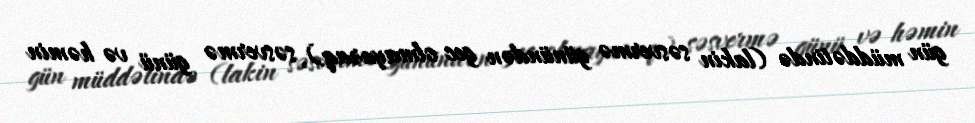
gün müddətində (lakin səsvermə günündən gec olmayaraq), səsvermə günü və həmin